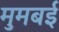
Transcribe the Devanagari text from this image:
मुमबई